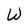
Character: W